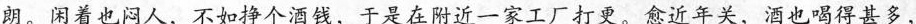
朗。闲着也闷人，不如挣个酒钱，于是在附近一家工厂打更。愈近年关，酒也喝得甚多，